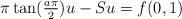
LaTeX: \begin{align*} \pi \tan( \tfrac{a\pi}2 ) u - S u = f (0,1)\end{align*}